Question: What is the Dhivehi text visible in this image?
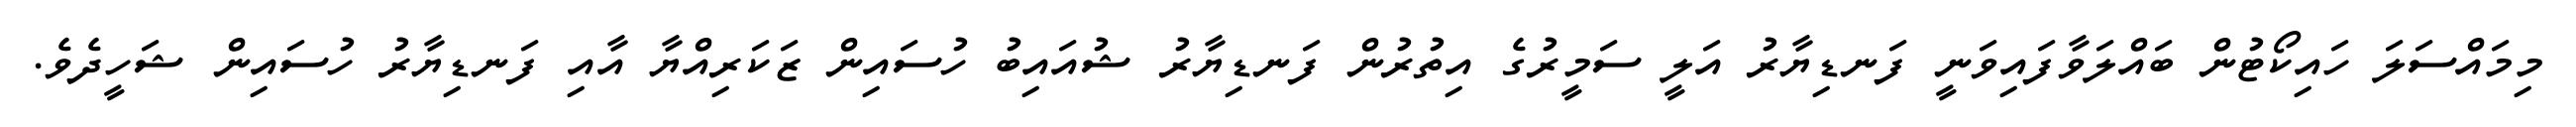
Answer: މިމައްސަލަ ހައިކޯޓުން ބައްލަވާފައިވަނީ ފަނޑިޔާރު އަލީ ސަމީރުގެ އިތުރުން ފަނޑިޔާރު ޝުއައިބު ހުސައިން ޒަކަރިއްޔާ އާއި ފަނޑިޔާރު ހުސައިން ޝަހީދެވެ.